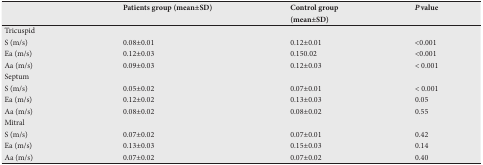
<table><thead><tr><td></td><td><b>Patients group(mean±SD)</b></td><td><b>Control group (mean±SD)</b></td><td><b>P value</b></td></tr></thead><tbody><tr><td>Tricuspid</td><td></td><td></td><td></td></tr><tr><td>S (m/s)</td><td>0.08±0.01</td><td>0.12±0.01</td><td>&lt;0.001</td></tr><tr><td>Ea (m/s)</td><td>0.12±0.03</td><td>0.150.02</td><td>&lt;0.001</td></tr><tr><td>Aa (m/s)</td><td>0.09±0.03</td><td>0.12±0.03</td><td>&lt; 0.001</td></tr><tr><td>Septum</td><td></td><td></td><td></td></tr><tr><td>S (m/s)</td><td>0.05±0.02</td><td>0.07±0.01</td><td>&lt; 0.001</td></tr><tr><td>Ea (m/s)</td><td>0.12±0.02</td><td>0.13±0.03</td><td>0.05</td></tr><tr><td>Aa (m/s)</td><td>0.08±0.02</td><td>0.08±0.02</td><td>0.55</td></tr><tr><td>Mitral</td><td></td><td></td><td></td></tr><tr><td>S (m/s)</td><td>0.07±0.02</td><td>0.07±0.01</td><td>0.42</td></tr><tr><td>Ea (m/s)</td><td>0.13±0.03</td><td>0.15±0.03</td><td>0.14</td></tr><tr><td>Aa (m/s)</td><td>0.07±0.02</td><td>0.07±0.02</td><td>0.40</td></tr></tbody></table>